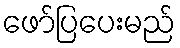
ဖော်ပြပေးမည်